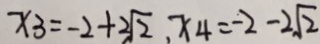
x _ { 3 } = - 2 + 2 \sqrt { 2 } , x _ { 4 } = - 2 - 2 \sqrt { 2 }